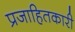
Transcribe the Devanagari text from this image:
प्रजाहितकारी